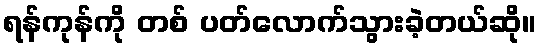
ရန်ကုန်ကို တစ် ပတ်လောက်သွားခဲ့တယ်ဆို။